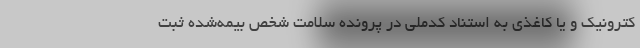
کترونیک و یا کاغذی به استناد کدملی در پرونده سلامت شخص بیمه‌شده ثبت